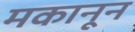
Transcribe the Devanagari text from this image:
मकानून